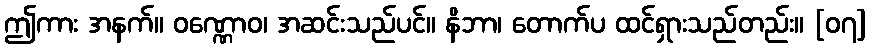
ဤကား အနက်။ ဝဏ္ဏောဝ၊ အဆင်းသည်ပင်။ နိဘာ၊ တောက်ပ ထင်ရှားသည်တည်း။ [၀၇]